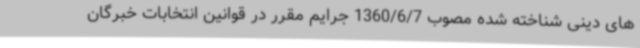
های دینی شناخته شده مصوب 1360/6/7 جرایم مقرر در قوانین انتخابات خبرگان